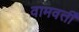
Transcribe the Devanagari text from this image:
वामवर्ती